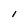
Character: I